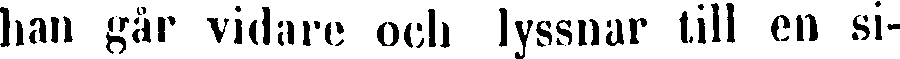
han går vidare och lyssnar till en si-